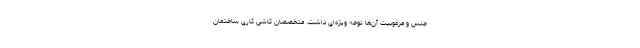
جنس و مرغوبیت آن‌ها توجه ویژه‌ای داشت. متخصصان کاشی کاری ساختمان